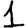
Digit: 1